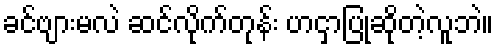
ခင်ဗျားမလဲ ဆင်လိုက်တုန်း ဟငှာပြုဆိုတဲ့လူဘဲ။